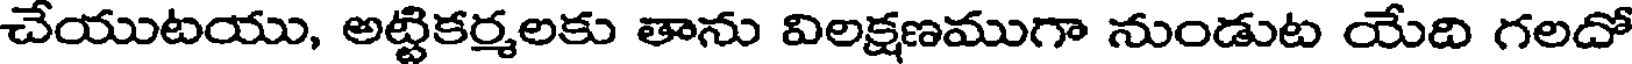
చేయుటయు, అట్టికర్మలకు తాను విలక్షణముగా నుండుట యేది గలదో